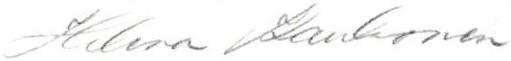
Helena Kaukonen